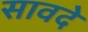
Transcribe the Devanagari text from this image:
सावदे